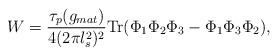
LaTeX: \begin{align*}W = \frac{\tau_p(g_{mat})}{4(2\pi l_s^2)^2} {\rm Tr} ( \Phi_1\Phi_2 \Phi_3 - \Phi_1 \Phi_3 \Phi_2),\end{align*}